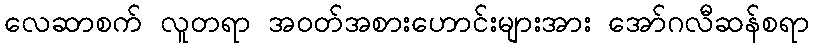
လေဆာစက် လူတရာ အဝတ်အစားဟောင်းများအား အော်ဂလီဆန်စရာ